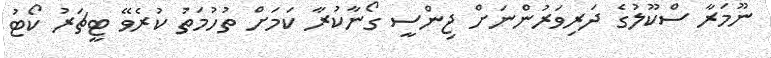
ނޫމަރާ ސްކޫލުގެ ދަރިވަރުންނަށް ޖިންސީ ގޯނާކުރާ ކަމަށް ތުހުމަތު ކުރެވޭ ޓީޗަރު ކޯޓު